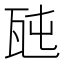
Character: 瓲